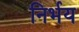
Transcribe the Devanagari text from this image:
निर्भय